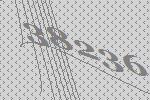
38236